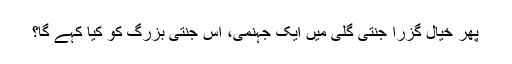
پھر خیال گزرا جنتی گلی میں ایک جہنمی، اس جنتی بزرگ کو کیا کہے گا؟